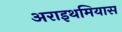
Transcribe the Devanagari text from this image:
अराइथमियास